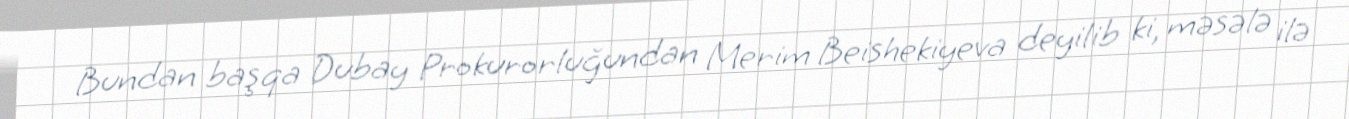
Bundan başqa Dubay Prokurorluğundan Merim Beishekiyeva deyilib ki, məsələ ilə